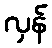
လှန်